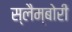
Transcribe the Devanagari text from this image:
स्लैम्बोरी